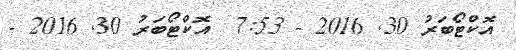
އޮކްޓޯބަރު 30